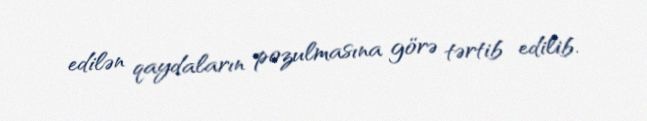
edilən qaydaların pozulmasına görə tərtib edilib.